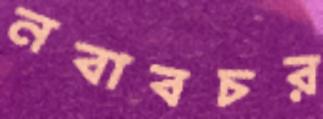
নবাবচর